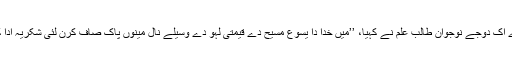
کالج دے اِک دوجے نوجوان طالب علم نے کہیا، ’’میں خُدا دا یسوع مسیح دے قیمتی لہو دے وسیلے نال مینوں پاک صاف کرن لئی شکریہ ادا کرنا آں۔